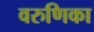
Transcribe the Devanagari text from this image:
वरुणिका